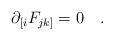
LaTeX: \begin{align*}\partial_{[i}F_{jk]}=0 \quad . \end{align*}